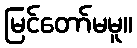
မြင်တော်မမူ။